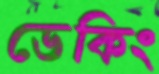
ডেকিং